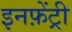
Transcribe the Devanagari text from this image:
इनफ़ेंट्री